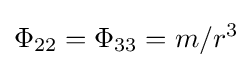
\Phi _{22}=\Phi _{33}=m/r^{3}